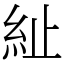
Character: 䊼